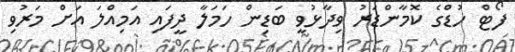
ފޯޓް ހުޑްގެ ކޮމާންޑަރު ވިދާޅުވީ ބަޑިން ހަމަލާ ދީފައި އަމިއްލަ އަށް މަރުވި